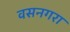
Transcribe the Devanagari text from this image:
वसनगरा